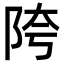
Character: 陓